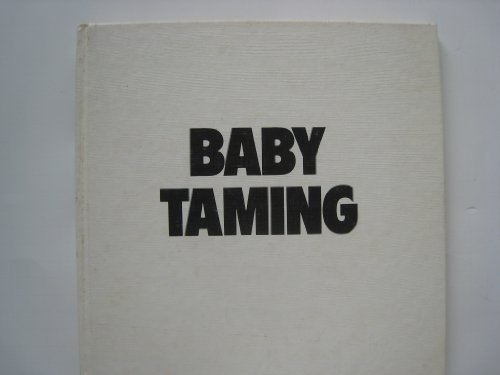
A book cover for Baby Taming; Peter Mayle; Parenting & Relationships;